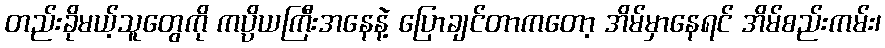
တည်းခိုမယ့်သူတွေကို ကပ္ပိယကြီးအနေနဲ့ ပြောချင်တာကတော့ အိမ်မှာနေရင် အိမ်စည်းကမ်း၊